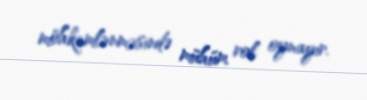
möhkəmlənməsində mühüm rol oynayır.